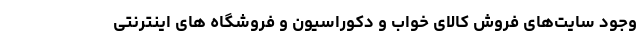
وجود سایت‌های فروش کالای خواب و دکوراسیون و فروشگاه های اینترنتی